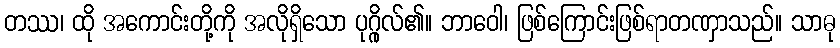
တဿ၊ ထို အကောင်းတို့ကို အလိုရှိသော ပုဂ္ဂိုလ်၏။ ဘာဝေါ၊ ဖြစ်ကြောင်းဖြစ်ရာတဏှာသည်။ သာဓု